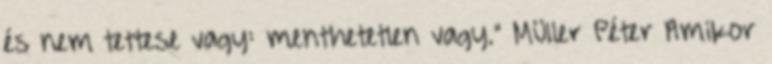
és nem tettese vagy: menthetetlen vagy." Müller Péter Amikor